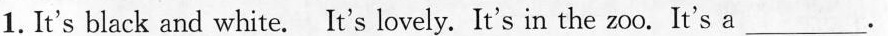
1.It's black and white. It's lovely. It's in the zoo. It's a ___.